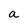
Character: a